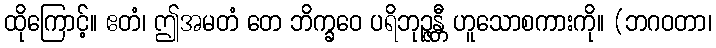
ထိုကြောင့်။ ဧတံ၊ ဤအမတံ တေ ဘိက္ခဝေ ပရိဘုဉ္ဇန္တီ ဟူသောစကားကို။ (ဘဂဝတာ၊